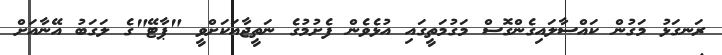
ރަނގަޅު މަގުން ކައްސާލައިގެންގޮސް މަގުމަތީގައި އުޅެވެން ފެށުމުގެ ނަތީޖާއަކަށްވީ "ޕާޓޭ"ގެ ލަގަބު އޭނާއަށް